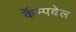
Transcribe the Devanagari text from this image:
कॅम्पवेल